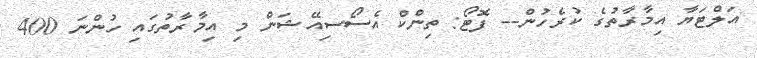
އަލްޓަޔާ އިމާރާތުގެ ކުރެހުން-- ފޮޓޯ: ތިންކް އެސޯސިއޭޝަން މި އިމާރާތުގައި ހުންނަ 400